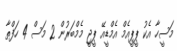
މަސީހާ އެކު ޕީޕީއެމް އެމްޑީއޭ ޕީޖީ މެމްބަރުން 2 މަސް 4 ހަފްތާ